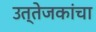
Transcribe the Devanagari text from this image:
उत्तेजकांचा